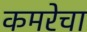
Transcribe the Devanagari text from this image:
कमरेचा